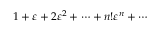
1 + \varepsilon + 2 \varepsilon ^ { 2 } + \cdots + n ! \varepsilon ^ { n } + \cdots